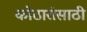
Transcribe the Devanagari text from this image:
कोठारांसाठी